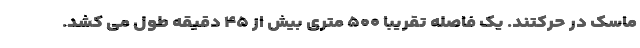
ماسک در حرکتند. یک فاصله تقریبا ۵۰۰ متری بیش از ۴۵ دقیقه طول می کشد.